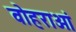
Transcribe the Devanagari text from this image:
वोहराओं